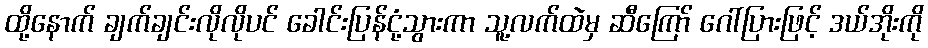
ထို့နောက် ချက်ချင်းလိုလိုပင် ခေါင်းပြန်ငုံ့သွားကာ သူ့လက်ထဲမှ ဆီကြော် ဂေါ်ပြားဖြင့် ဒယ်အိုးကို